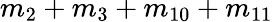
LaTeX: m_{2}+m_{3}+m_{10}+m_{11}